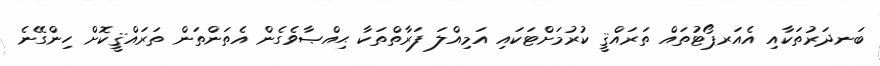
ބަނދަރުތަކާއި އެއަރޕޯޓުތައް ތަރައްޤީ ކުރުމަށްޓަކައި އަމިއްލަ ފަރާތްތަކާ ޙިއްޞާވެގެން އެތަންތަން ތަރައްޤީކޮށް ހިންގޭނެ